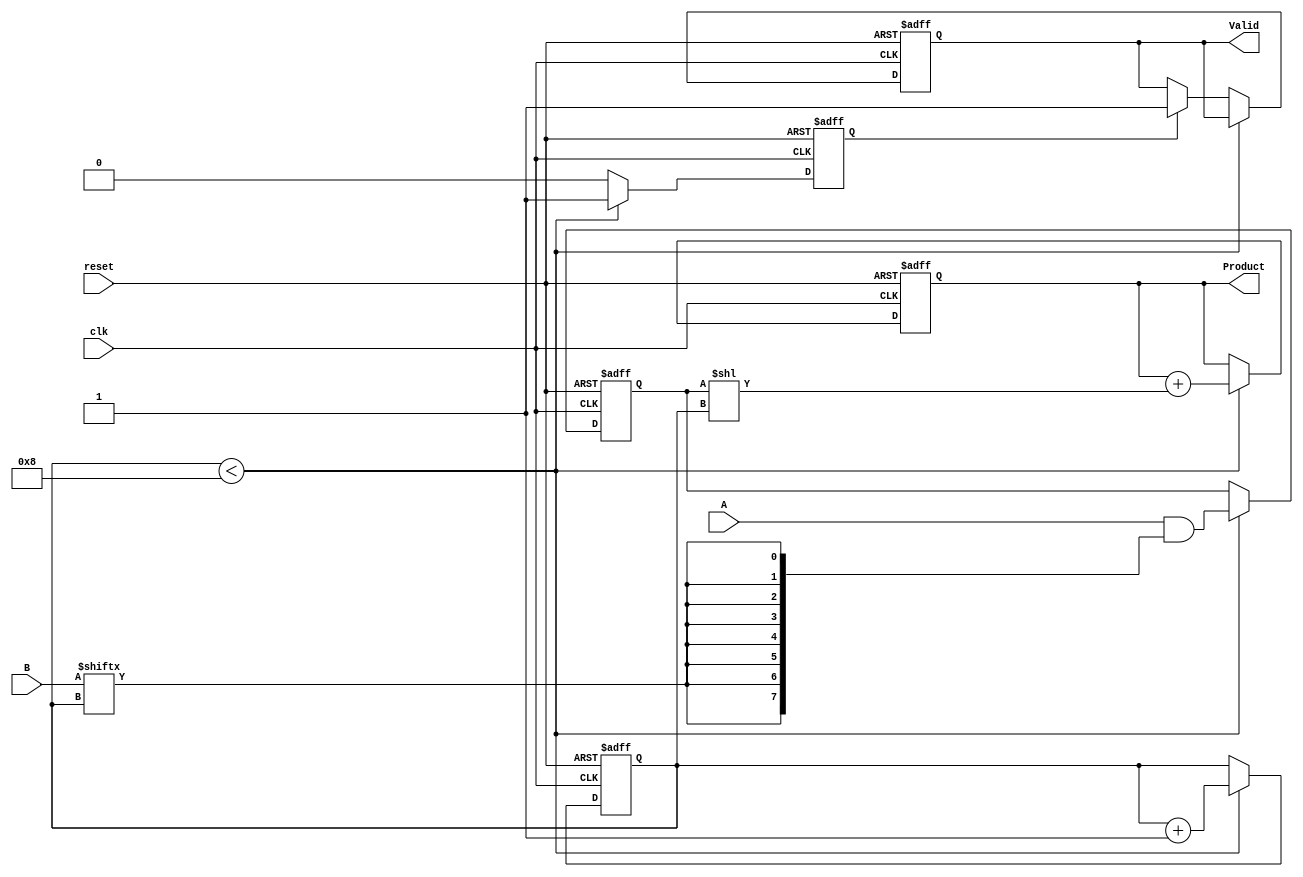
module PartialProductAccumulator #(
    parameter WIDTH = 8   // Width of operands A and B
)(
    input [WIDTH-1:0] A,     // Multiplicand
    input [WIDTH-1:0] B,     // Multiplier
    input clk,                // Clock signal
    input reset,              // Active-high reset signal
    output reg [2*WIDTH-1:0] Product, // Final accumulated product
    output reg Valid          // Signal indicating the product is valid
);

    reg [WIDTH-1:0] partial_product; // Register for current partial product
    reg [3:0] count;                  // Counter for bits processed
    reg accumulating;                 // State to check if we are accumulating

    always @(posedge clk or posedge reset) begin
        if (reset) begin
            Product <= 0;             // Clear the product
            partial_product <= 0;     // Clear the partial product
            count <= 0;               // Reset the counter
            Valid <= 0;               // Product is not valid on reset
            accumulating <= 0;         // Not in accumulating state
        end else begin
            if (count < WIDTH) begin
                // Generate partial product by ANDing A with current bit of B
                partial_product <= A & {WIDTH{B[count]}}; // Generate partial product
                Product <= Product + (partial_product << count); // Accumulate the partial product
                count <= count + 1;  // Increment the count
                accumulating <= 1;     // Set accumulating state
            end else if (accumulating) begin
                Valid <= 1;           // Set valid signal after accumulation is done
                accumulating <= 0;     // Reset accumulating state
            end
        end
    end
endmodule